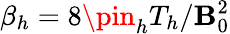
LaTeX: \beta_{h}=8\pin_{h}T_{h}/\mathbf{B}_{0}^{2}